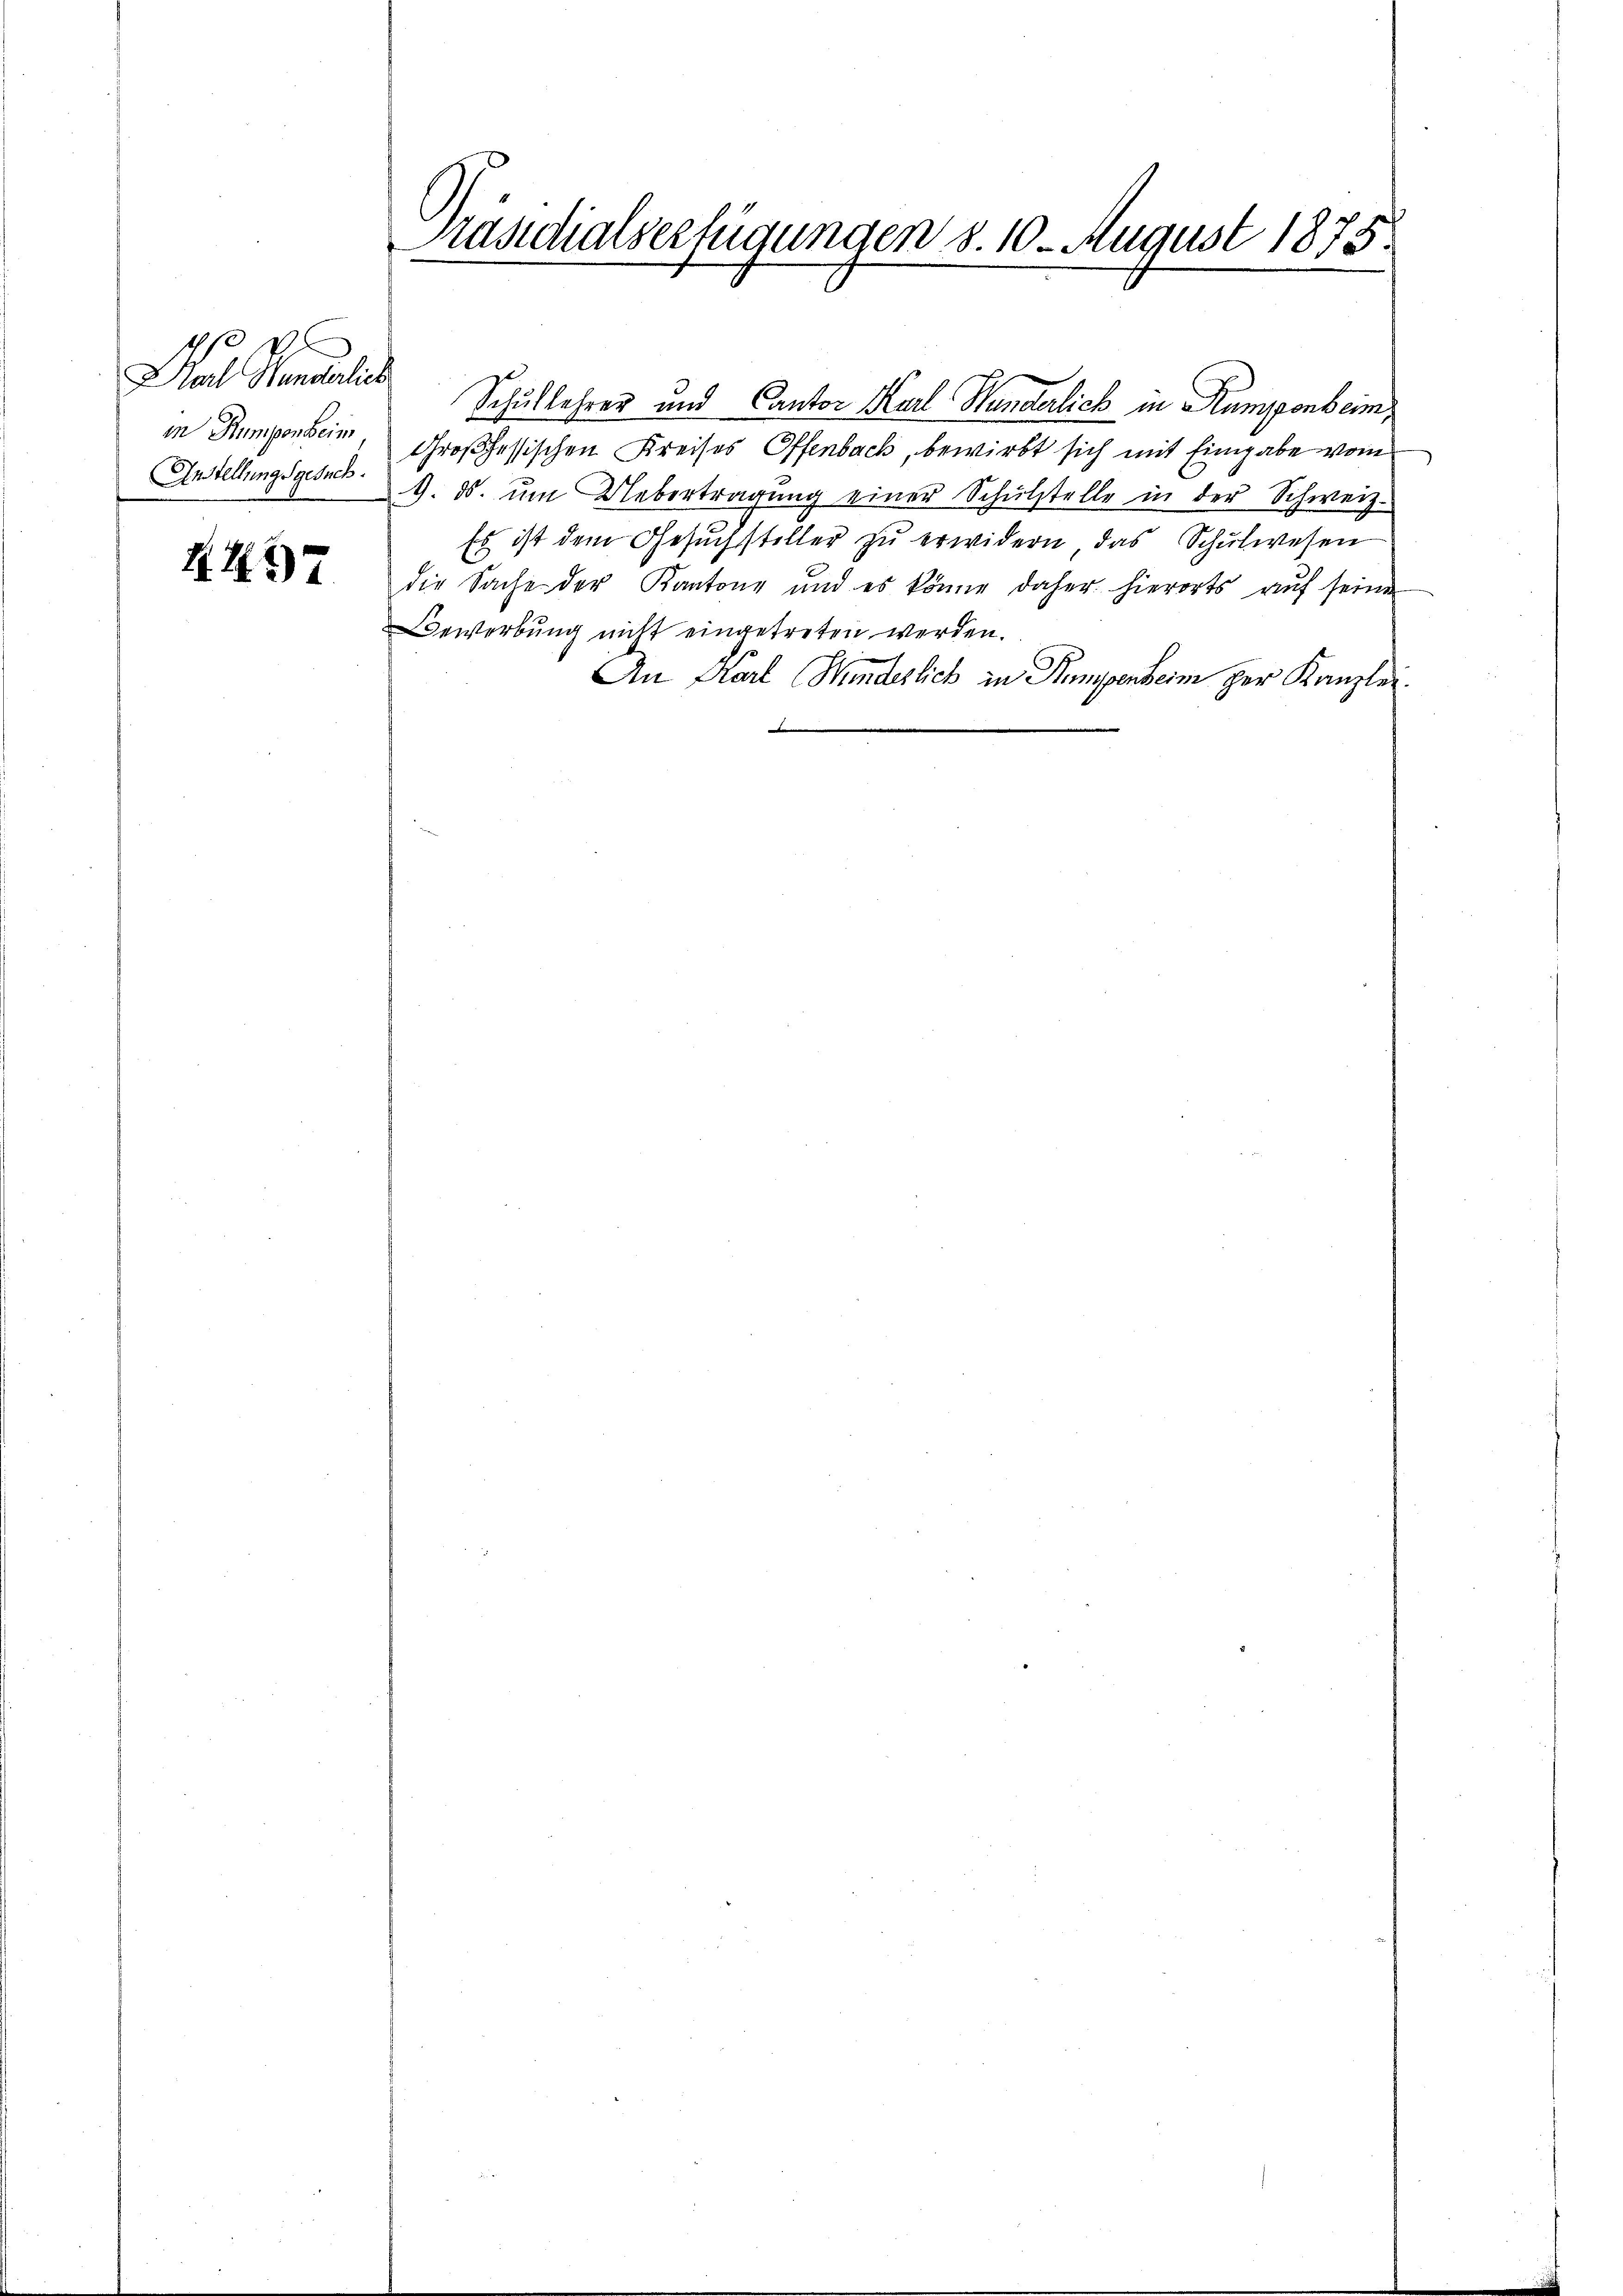
4 f 0 x
Karl Wunderlich
in Rumpenheim,
Anstellungsgesuch.

4497

Präsidialverfügungen d. 10. August 1875.

Schullehrer und Canton Karl Handerlich in Rumpenbeim
Großhessischen Kreises Offenbach, bewirkt sich mit Eingabe vom
9. ds. ŭm Uebertragŭng einer Schŭlstelle in der Schweiz.
Es ist dem Gesŭchsteller zŭ erwidern, das Schŭlwesen
die Sache der Kantone und es könne daher hierorts aŭf seine
Bewerbung nicht eingetreten werden.
An Karl Minderlich in Sommenheim her Kanzler.